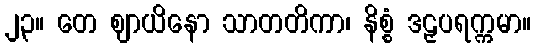
၂၃။ တေ ဈာယိနော သာတတိကာ၊ နိစ္စံ ဒဠှပရက္ကမာ။